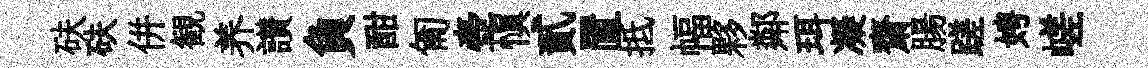
砆砆併観养讃負酣匍壺慎貳置抵幅夥鄰珥凝齋腸蹉娉嵯